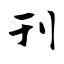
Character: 刊